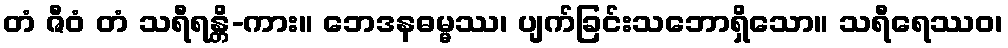
တံ ဇီဝံ တံ သရီရန္တိ-ကား။ ဘေဒနဓမ္မဿ၊ ပျက်ခြင်းသဘောရှိသော။ သရီရေဿဝ၊